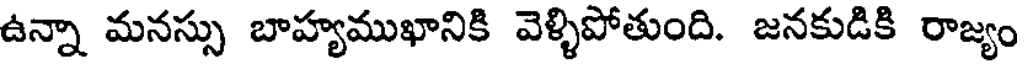
ఉన్నా మనస్సు బాహ్యముఖానికి వెళ్ళిపోతుంది. జనకుడికి రాజ్యం